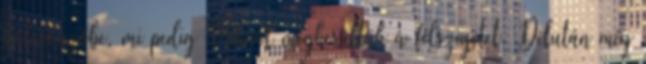
kölcsönzőbe, mi pedig Mikivel megkerültük a félszigetet. Délután még